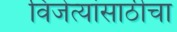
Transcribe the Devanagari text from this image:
विजेत्यांसाठीचा